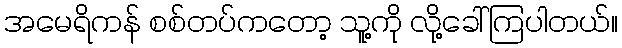
အမေရိကန် စစ်တပ်ကတော့ သူ့ကို လို့ခေါ်ကြပါတယ်။